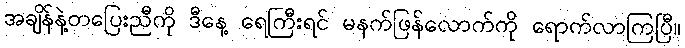
အချိန်နဲ့တပြေးညီကို ဒီနေ့ ရေကြီးရင် မနက်ဖြန်လောက်ကို ရောက်လာကြပြီ။